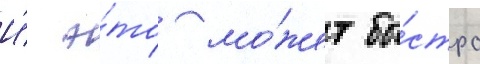
И́ э́то мо́жет бы́стро